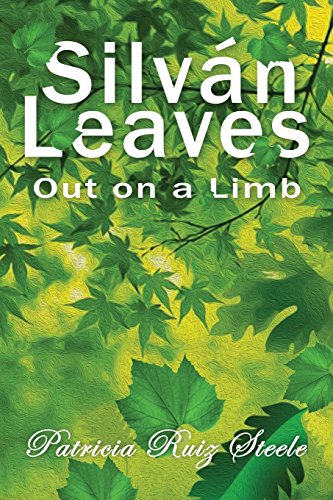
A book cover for Silvan Leaves; Patricia Ruiz Steele; Parenting & Relationships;